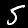
Label: 5